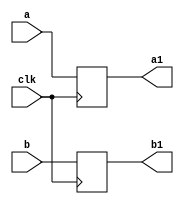
`timescale 1ns / 1ps
//////////////////////////////////////////////////////////////////////////////////
// Company: 
// Engineer: 
// 
// Design Name: 
// Module Name:    buf32 
// Project Name: 
// Target Devices: 
// Tool versions: 
// Description: 
//
// Dependencies: 
//
// Revision: 
// Revision 0.01 - File Created
// Additional Comments: 
//
//////////////////////////////////////////////////////////////////////////////////
module buf32(
    input [31:0] a,
    input [31:0] b,
    input clk,
    output reg [31:0] a1,
    output reg [31:0] b1
    );

always @(posedge clk) begin
a1<=a;
b1<=b;
end

endmodule